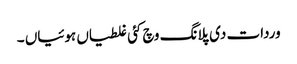
وردات دی پلانگ وچ کئی غلطیاں ہوئیاں ۔